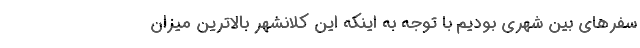
سفرهای بین شهری بودیم با توجه به اینکه این کلانشهر بالاترین میزان